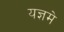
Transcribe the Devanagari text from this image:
यज्ञमे